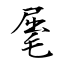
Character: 𣮈